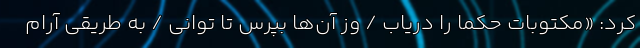
کرد: «مکتوبات حکما را دریاب / وز آن‌ها بپرس تا توانی / به طریقی آرام